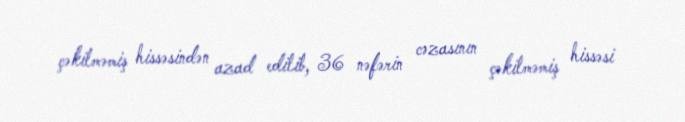
çəkilməmiş hissəsindən azad edilib, 36 nəfərin cəzasının çəkilməmiş hissəsi